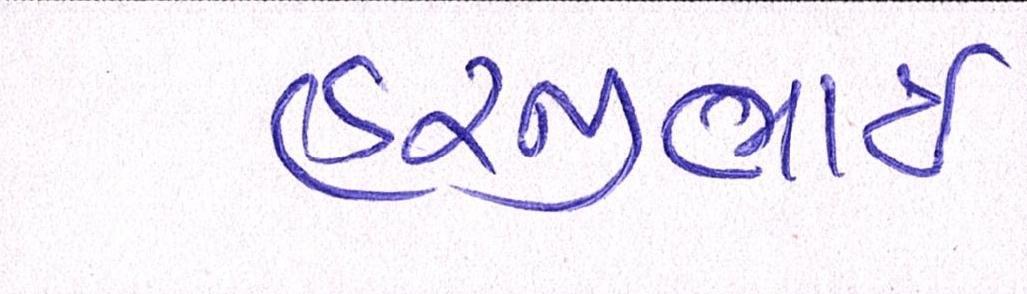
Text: હરજીભાઇ